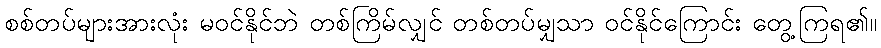
စစ်တပ်များအားလုံး မဝင်နိုင်ဘဲ တစ်ကြိမ်လျှင် တစ်တပ်မျှသာ ဝင်နိုင်ကြောင်း တွေ့ကြရ၏။